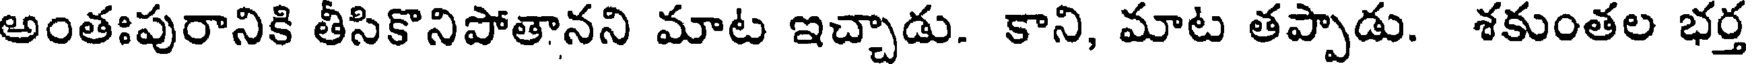
అంతఃపురానికి తీసికొనిపోతానని మాట ఇచ్చాడు. కాని, మాట తప్పాడు. శకుంతల భర్త